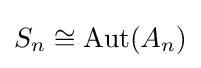
S_{n}\cong \operatorname {Aut} (A_{n})